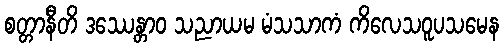
စတ္တာနီတိ ဒဿေန္တာဝ သညာယမ မံသသာကံ ကိလေသဝူပသမေန